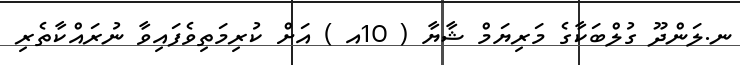
ނ.ލަންދޫ ގުލްބަކާގެ މަރިޔަމް ޝާޔާ ( 10އ ) އަށް ކުރިމަތިވެފައިވާ ނުރައްކާތެރި